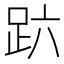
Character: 𰸆